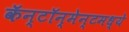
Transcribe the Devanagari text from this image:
कॅन्टॉन्मेन्टमध्ये